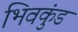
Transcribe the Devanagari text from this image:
भिवकुंड